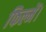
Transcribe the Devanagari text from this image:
फिल्में।